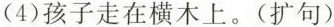
(4)孩子走在横木上。(扩句)